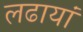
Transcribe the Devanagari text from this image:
लढायां